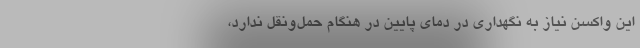
این واکسن نیاز به نگهداری در دمای پایین در هنگام حمل‌ونقل ندارد،